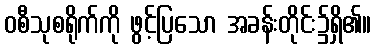
ဝစီသုစရိုက်ကို ဖွင့်ပြသော အခန်းတိုင်း၌ရှိ၏။